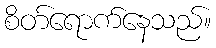
စိတ်ရောက်နေသည်။